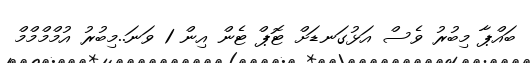
ބައްޕާ މިބުރު ވެސް އަޅުގަނޑަށް ޓޮޕް ޓެން އިން 1 ވަނަ..މިބުރު އުމްމްމްމް